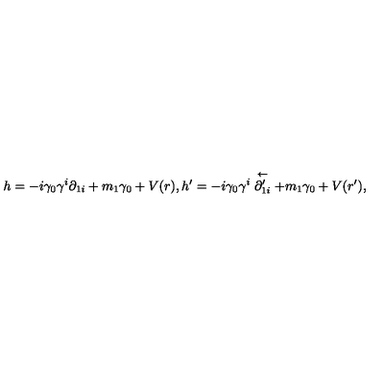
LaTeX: h = - i \gamma _ { 0 } \gamma ^ { i } \partial _ { 1 i } + m _ { 1 } \gamma _ { 0 } + V ( r ) , h ^ { \prime } = - i \gamma _ { 0 } \gamma ^ { i } \stackrel { \leftarrow } { \partial _ { 1 i } ^ { \prime } } + m _ { 1 } \gamma _ { 0 } + V ( r ^ { \prime } ) ,